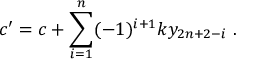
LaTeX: c ^ { \prime } = c + \sum _ { i = 1 } ^ { n } ( - 1 ) ^ { i + 1 } k y _ { 2 n + 2 - i } ~ . ~ \,